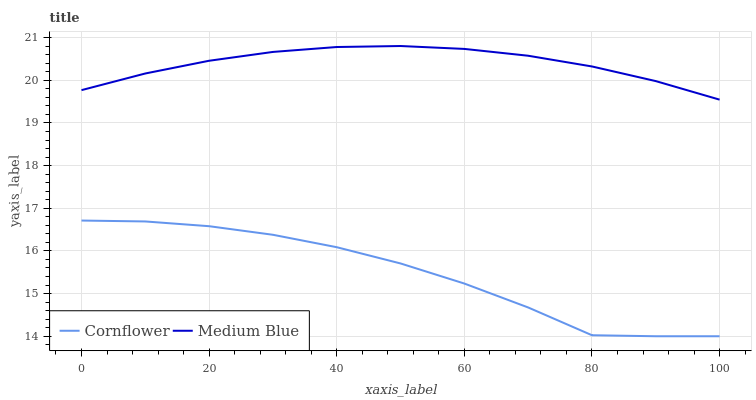
| xaxis_label | Cornflower | Medium Blue |
 | --- | --- | --- |
 | 0 | 16.7 | 19.8 |
 | 10 | 16.7 | 20.2 |
 | 20 | 16.6 | 20.5 |
 | 30 | 16.4 | 20.7 |
 | 40 | 16.1 | 20.8 |
 | 50 | 15.7 | 20.8 |
 | 60 | 15.2 | 20.7 |
 | 70 | 14.7 | 20.6 |
 | 80 | 14 | 20.3 |
 | 90 | 14 | 20 |
 | 100 | 14 | 19.5 |